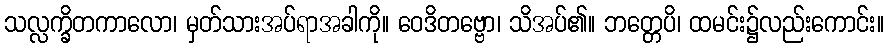
သလ္လက္ခိတကာလော၊ မှတ်သားအပ်ရာအခါကို။ ဝေဒိတဗ္ဗော၊ သိအပ်၏။ ဘတ္တေပိ၊ ထမင်း၌လည်းကောင်း။